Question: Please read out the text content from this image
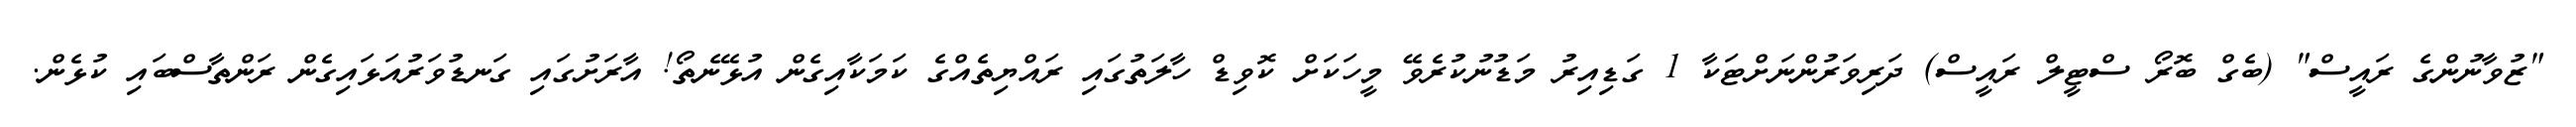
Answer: "ޒުވާނުންގެ ރައީސް" (ބެގް ބޮރޯ ސްޓީލް ރައީސް) ދަރިވަރުންނަށްޓަކާ 1 ގަޑިއިރު މަޑުނުކުރެވޭ މީހަކަށް ކޮވިޑް ހާލަތުގައި ރައްޔިތެއްގެ ކަމަކާއިގެން އުޅޭނެތޯ! އާރަށުގައި ގަނޑުވަރުއަޅައިގެން ރަންތާސްބައި ކުޅެން.